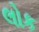
લોક